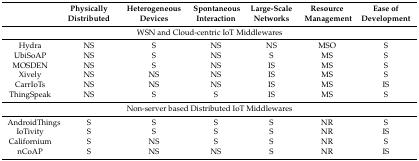
<table><thead><tr><td></td><td><b>Physically Distributed</b></td><td><b>Heterogeneous Devices</b></td><td><b>Spontaneous Interaction</b></td><td><b>Large-Scale Networks</b></td><td><b>Resource Management</b></td><td><b>Ease of Development</b></td></tr></thead><tbody><tr><td colspan="7">WSN and Cloud-centric IoT Middlewares</td></tr><tr><td>Hydra</td><td>NS</td><td>S</td><td>NS</td><td>NS</td><td>MSO</td><td>S</td></tr><tr><td>UbiSoAP</td><td>NS</td><td>S</td><td>NS</td><td>S</td><td>MS</td><td>S</td></tr><tr><td>MOSDEN</td><td>NS</td><td>S</td><td>NS</td><td>IS</td><td>MS</td><td>S</td></tr><tr><td>Xively</td><td>NS</td><td>NS</td><td>NS</td><td>IS</td><td>MS</td><td>S</td></tr><tr><td>CarrIoTs</td><td>NS</td><td>NS</td><td>NS</td><td>IS</td><td>MS</td><td>IS</td></tr><tr><td>ThingSpeak</td><td>NS</td><td>S</td><td>S</td><td>IS</td><td>MS</td><td>S</td></tr><tr><td colspan="7">Non-server based Distributed IoT Middlewares</td></tr><tr><td>AndroidThings</td><td>S</td><td>S</td><td>S</td><td>S</td><td>NR</td><td>S</td></tr><tr><td>IoTivity</td><td>S</td><td>S</td><td>S</td><td>S</td><td>NR</td><td>IS</td></tr><tr><td>Californium</td><td>S</td><td>NS</td><td>S</td><td>S</td><td>NR</td><td>S</td></tr><tr><td>nCoAP</td><td>S</td><td>NS</td><td>NS</td><td>S</td><td>NR</td><td>IS</td></tr></tbody></table>